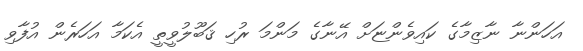
އަހަންނާ ނާޒިމާގެ ކައިވެންޏަށް އޭނާގެ މަންމަ ރުހި ޤަބޫލުވީތީ އެކަމާ އަހަރެން އުފާވި